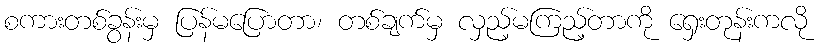
စကားတစ်ခွန်းမှ ပြန်မပြောတာ၊ တစ်ချက်မှ လှည့်မကြည့်တာကို ရှေးတုန်းကလို